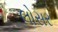
લોસર